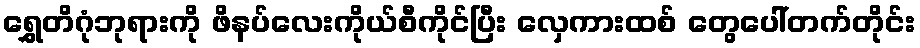
ရွှေတိဂုံဘုရားကို ဖိနပ်လေးကိုယ်စီကိုင်ပြီး လှေကားထစ် တွေပေါ်တက်တိုင်း